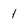
Character: 1